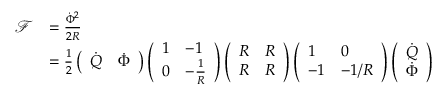
\begin{array} { r l } { \mathcal { F } } & { = \frac { \dot { \Phi } ^ { 2 } } { 2 R } } \\ & { = \frac { 1 } { 2 } \left( \begin{array} { l l } { \dot { Q } } & { \dot { \Phi } } \end{array} \right) \left( \begin{array} { l l } { 1 } & { - 1 } \\ { 0 } & { - \frac { 1 } { R } } \end{array} \right) \left( \begin{array} { l l } { R } & { R } \\ { R } & { R } \end{array} \right) \left( \begin{array} { l l } { 1 } & { 0 } \\ { - 1 } & { - 1 / R } \end{array} \right) \left( \begin{array} { l } { \dot { Q } } \\ { \dot { \Phi } } \end{array} \right) } \end{array}